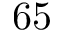
6 5